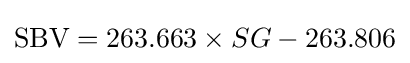
{\text{SBV}}=263.663\times SG-263.806